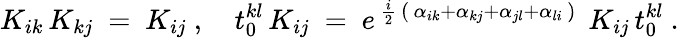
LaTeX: K_{ik}\, K_{kj}~=~K_{ij}~,~~~~t_{0}^{kl}\, K_{ij}~=~e^{\, {\frac{i}{2}}\, (\, \alpha_{ik}+\alpha_{kj}+\alpha_{jl}+\alpha_{li}\, )\, }~K_{ij}\, t_{0}^{kl}~.